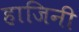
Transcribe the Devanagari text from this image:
हाजिनी